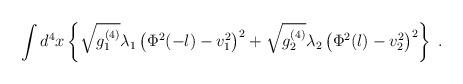
LaTeX: \begin{align*}\int d^4x \left\{ \sqrt{g_1^{(4)}}\lambda_1\left(\Phi^2(-l)-v_1^2\right)^2 +\sqrt{g_2^{(4)}}\lambda_2\left(\Phi^2(l)-v_2^2\right)^2 \right\} \; .\end{align*}